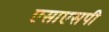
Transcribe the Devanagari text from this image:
एसाएसपी